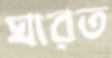
ঘারত